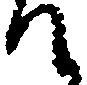
て